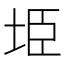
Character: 𭎏